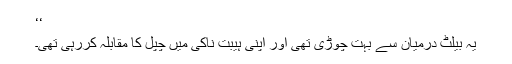
‘‘
یہ بیلٹ درمیان سے بہت چوڑی تھی اور اپنی ہیبت ناکی میں چپل کا مقابلہ کررہی تھی۔